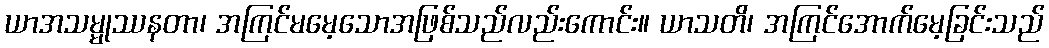
ယာအသမ္မုဿနတာ၊ အကြင်မမေ့သောအဖြစ်သည်လည်းကောင်း။ ယာသတိ၊ အကြင်အောက်မေ့ခြင်းသည်